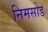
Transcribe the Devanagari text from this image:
निमसोड